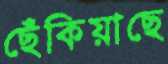
ছেঁকিয়াছে